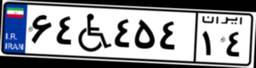
۶۴W۴۵۴۱۴